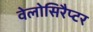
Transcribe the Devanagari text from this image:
वेलोसिरैप्टर